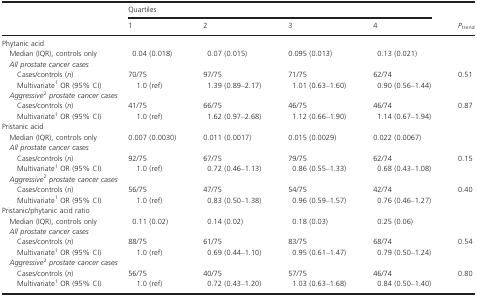
<table><thead><tr><td></td><td colspan="4"><b>Quartiles</b></td><td rowspan="3"><b><i>P</i><sub>trend</sub></b></td></tr><tr><td></td><td><b>1</b></td><td><b>2</b></td><td><b>3</b></td><td><b>4</b></td></tr></thead><tbody><tr><td colspan="6">Phytanic acid</td></tr><tr><td> Median (IQR), controls only</td><td>0.04 (0.018)</td><td>0.07 (0.015)</td><td>0.095 (0.013)</td><td>0.13 (0.021)</td><td></td></tr><tr><td colspan="6"> <i>All prostate cancer cases</i></td></tr><tr><td>Cases/controls (<i>n</i>)</td><td>70/75</td><td>97/75</td><td>71/75</td><td>62/74</td><td rowspan="2">0.51</td></tr><tr><td>Multivariate1 OR (95% CI)</td><td>1.0 (ref)</td><td>1.39 (0.89–2.17)</td><td>1.01 (0.63–1.60)</td><td>0.90 (0.56–1.44)</td></tr><tr><td colspan="6"> <i>Aggressive</i>2<i>prostate cancer cases</i></td></tr><tr><td>Cases/controls (<i>n</i>)</td><td>41/75</td><td>66/75</td><td>46/75</td><td>46/74</td><td rowspan="2">0.87</td></tr><tr><td>Multivariate1 OR (95% CI)</td><td>1.0 (ref)</td><td>1.62 (0.97–2.68)</td><td>1.12 (0.66–1.90)</td><td>1.14 (0.67–1.94)</td></tr><tr><td colspan="6">Pristanic acid</td></tr><tr><td> Median (IQR), controls only</td><td>0.007 (0.0030)</td><td>0.011 (0.0017)</td><td>0.015 (0.0029)</td><td>0.022 (0.0067)</td><td></td></tr><tr><td colspan="6"> <i>All prostate cancer cases</i></td></tr><tr><td>Cases/controls (<i>n</i>)</td><td>92/75</td><td>67/75</td><td>79/75</td><td>62/74</td><td rowspan="2">0.15</td></tr><tr><td>Multivariate1 OR (95% CI)</td><td>1.0 (ref)</td><td>0.72 (0.46–1.13)</td><td>0.86 (0.55–1.33)</td><td>0.68 (0.43–1.08)</td></tr><tr><td colspan="6"> <i>Aggressive</i>2<i>prostate cancer cases</i></td></tr><tr><td>Cases/controls (n)</td><td>56/75</td><td>47/75</td><td>54/75</td><td>42/74</td><td rowspan="2">0.40</td></tr><tr><td>Multivariate1 OR (95% CI)</td><td>1.0 (ref)</td><td>0.83 (0.50–1.38)</td><td>0.96 (0.59–1.57)</td><td>0.76 (0.46–1.27)</td></tr><tr><td colspan="6">Pristanic/phytanic acid ratio</td></tr><tr><td> Median (IQR), controls only</td><td>0.11 (0.02)</td><td>0.14 (0.02)</td><td>0.18 (0.03)</td><td>0.25 (0.06)</td><td></td></tr><tr><td colspan="6"> <i>All prostate cancer cases</i></td></tr><tr><td>Cases/controls (<i>n</i>)</td><td>88/75</td><td>61/75</td><td>83/75</td><td>68/74</td><td rowspan="2">0.54</td></tr><tr><td>Multivariate1 OR (95% CI)</td><td>1.0 (ref)</td><td>0.69 (0.44–1.10)</td><td>0.95 (0.61–1.47)</td><td>0.79 (0.50–1.24)</td></tr><tr><td colspan="6"> <i>Aggressive</i>2<i>prostate cancer cases</i></td></tr><tr><td>Cases/controls (<i>n</i>)</td><td>56/75</td><td>40/75</td><td>57/75</td><td>46/74</td><td rowspan="2">0.80</td></tr><tr><td>Multivariate1 OR (95% CI)</td><td>1.0 (ref)</td><td>0.72 (0.43–1.20)</td><td>1.03 (0.63–1.68)</td><td>0.84 (0.50–1.40)</td></tr></tbody></table>